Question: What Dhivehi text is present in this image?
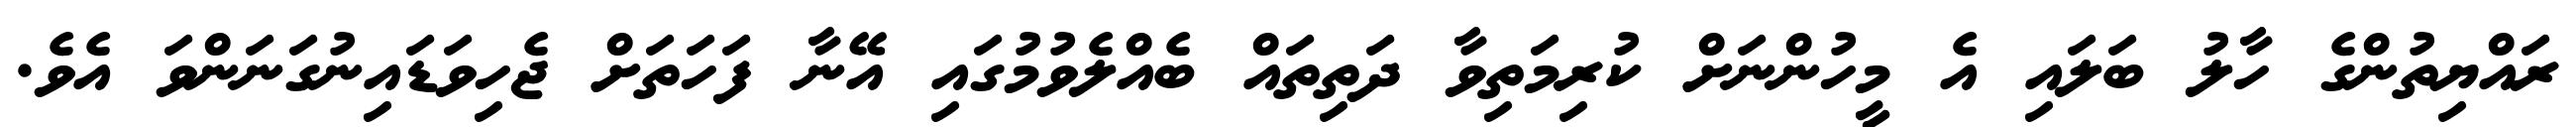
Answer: ރައްޔިތުންގެ ހާލު ބަލައި އެ މީހުންނަށް ކުރިމަތިވާ ދަތިތައް ބެއްލެވުމުގައި އޭނާ ފަހަތަށް ޖެހިވަޑައިނުގަނަންވަ އެވެ.